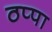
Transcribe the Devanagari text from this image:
ठप्‍पा